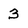
Character: 3